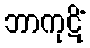
ဘာကုဋိံ